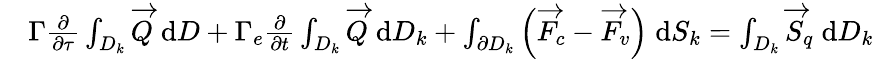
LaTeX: \begin{array}{rl}&{\Gamma\frac{\partial}{\partial\tau}\int_{D_{k}}\overrightarrow{Q}\; \mathrm{d}D+\Gamma_{e}\frac{\partial}{\partial t}\int_{D_{k}}\overrightarrow{Q}\; \mathrm{d}D_{k}+\int_{\partial D_{k}}\Big(\overrightarrow{F}_{c}-\overrightarrow{F}_{v}\Big)\; \mathrm{d}S_{k}=\int_{D_{k}}\overrightarrow{S}_{q}\; \mathrm{d}D_{k}}\end{array}